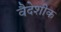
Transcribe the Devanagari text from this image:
वैदेशीक